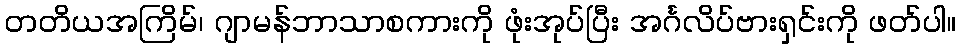
တတိယအကြိမ်၊ ဂျာမန်ဘာသာစကားကို ဖုံးအုပ်ပြီး အင်္ဂလိပ်ဗားရှင်းကို ဖတ်ပါ။